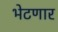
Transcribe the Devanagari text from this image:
भेटणार